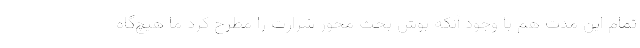
تمام اين مدت هم با وجود آنكه بوش بحث محور شرارت را مطرح كرد ما هيچ‌گاه